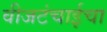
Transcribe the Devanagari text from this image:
वीजटंचाईचा